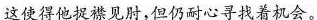
这使得他捉襟见肘，但仍耐心寻找着机会。